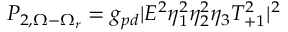
P _ { 2 , \Omega - \Omega _ { r } } = g _ { p d } | E ^ { 2 } \eta _ { 1 } ^ { 2 } \eta _ { 2 } ^ { 2 } \eta _ { 3 } T _ { + 1 } ^ { 2 } | ^ { 2 }